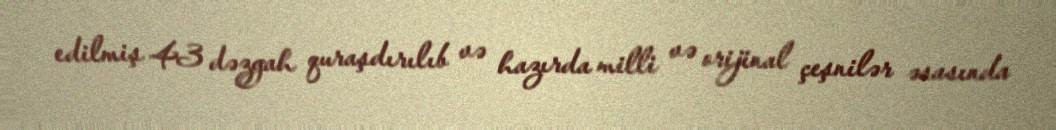
edilmiş 43 dəzgah quraşdırılıb və hazırda milli və orijinal çeşnilər əsasında